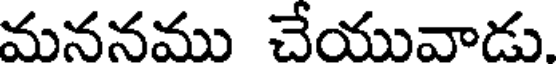
మననము చేయువాడు.